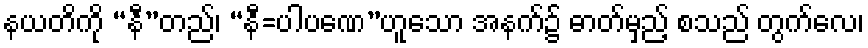
နယတိကို “နီ”တည်၊ “နီ=ပါပဏေ”ဟူသော အနက်၌ ဓာတ်မှည့် စသည် တွက်လေ၊